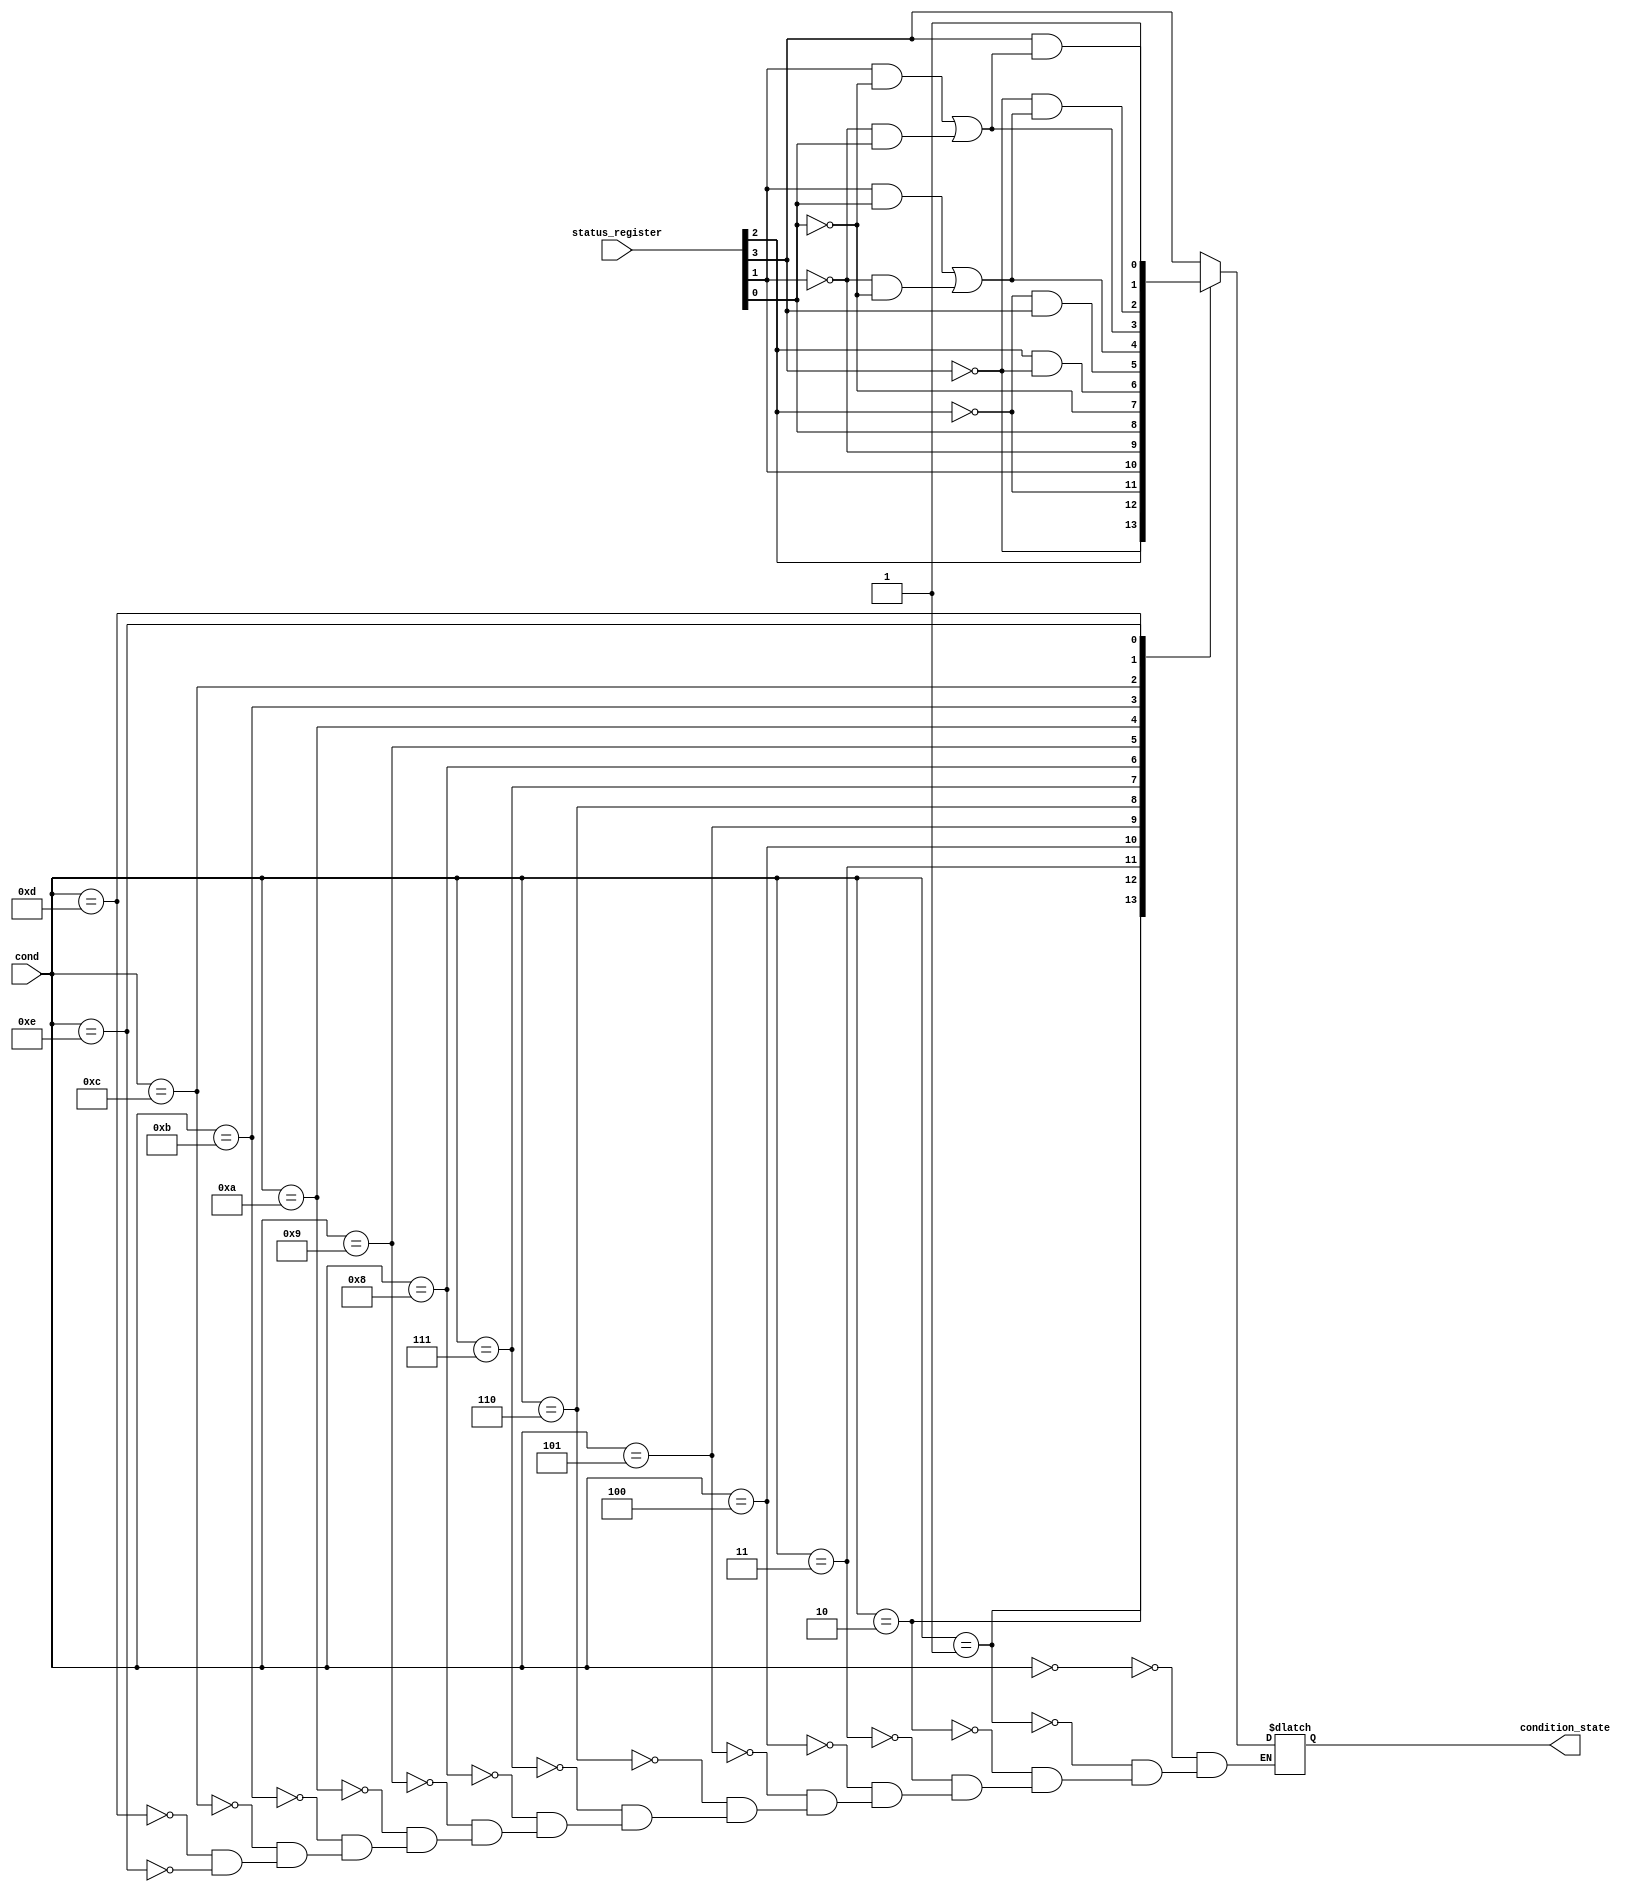
module Condition_Check(cond, status_register, condition_state);
    input  [3:0] cond, status_register;
    output reg   condition_state;
    assign {Z, C, N, V} = status_register;

    parameter [3:0] EQ = 4'b0000,
                    NE = 4'b0001,
                    CS_HS = 4'b0010,
                    CC_LO = 4'b0011,
                    MI = 4'b0100,
                    PL = 4'b0101,
                    VS = 4'b0110,
                    VC = 4'b0111,
                    HI = 4'b1000,
                    LS = 4'b1001,
                    GE = 4'b1010,
                    LT = 4'b1011,
                    GT = 4'b1100,
                    LE = 4'b1101,
                    AL = 4'b1110;

        always @(cond, Z, C, N, V)begin
            case(cond)
                EQ:    condition_state = Z;
                NE:    condition_state = ~Z;
                CS_HS: condition_state = C;
                CC_LO: condition_state = ~C;
                MI:    condition_state = N;
                PL:    condition_state = ~N;
                VS:    condition_state = V;
                VC:    condition_state = ~V;
                HI:    condition_state = C & ~Z;
                LS:    condition_state = ~C & Z;
                GE:    condition_state = (N & V) | (~N & ~V);
                LT:    condition_state = (N & ~V) | (~N & V);
                GT:    condition_state = ~Z & ((N & V) | (~N & ~V));
                LE:    condition_state = Z & ((N & ~V) | (~N & V));
                AL:    condition_state = 1'b1;
            endcase
        end
endmodule